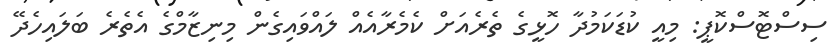
ސިސްޓޮސްކޮޕީ: މިއީ ކުޑަކަމުދާ ހޮޅީގެ ތެރެއަށް ކެމެރާއެއް ލައްވައިގެން މިނިޒާމްގެ އެތެރެ ބަލައިހެދޭ